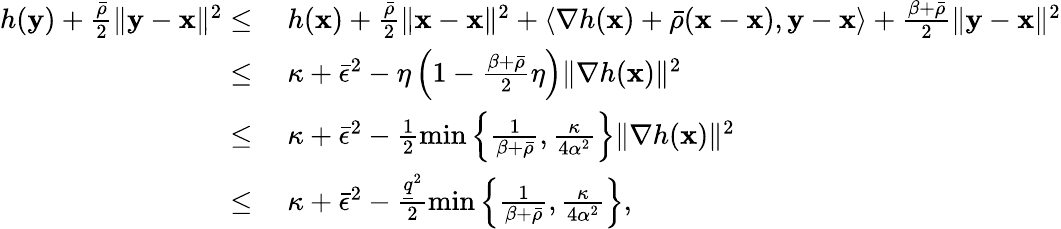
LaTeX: \begin{array}{rl}{h({\mathbf y})+\frac{\bar{\rho}}{2}\| {\mathbf y}-{\mathbf x}\| ^{2}\leq}&{~h({\mathbf x})+\frac{\bar{\rho}}{2}\| {\mathbf x}-{\mathbf x}\| ^{2}+\left\langle\nabla h({\mathbf x})+\bar{\rho}({\mathbf x}-{\mathbf x}),{\mathbf y}-{\mathbf x}\right\rangle+\frac{\beta+\bar{\rho}}{2}\| {\mathbf y}-{\mathbf x}\| ^{2}}\\ {\leq}&{~\kappa+\bar{\epsilon}^{2}-\eta\left(1-\frac{\beta+\bar{\rho}}{2}\eta\right)\| \nabla h({\mathbf x})\| ^{2}}\\ {\leq}&{~\kappa+\bar{\epsilon}^{2}-\frac{1}{2}\operatorname*{min}\left\{ \frac{1}{\beta+\bar{\rho}},\frac{\kappa}{4\alpha^{2}}\right\} \| \nabla h({\mathbf x})\| ^{2}}\\ {\leq}&{~\kappa+\bar{\epsilon}^{2}-\frac{\underline{{q}}^{2}}{2}\operatorname*{min}\left\{ \frac{1}{\beta+\bar{\rho}},\frac{\kappa}{4\alpha^{2}}\right\} ,}\end{array}